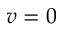
v = 0